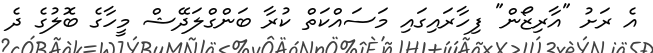
އެ ރަށު "އާރިޒޯން" ފިހާރައިގައި މަސައްކަތް ކުރާ ބަންގްލަދޭޝް މީހާގެ ބޮލުގެ ދެ